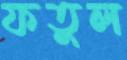
ফতুল